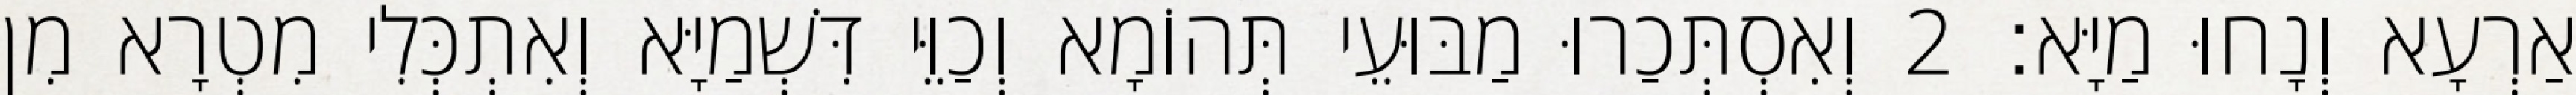
אַרְעָא וְנָחוּ מַיָּא׃ 2 וְאִסְתְּכַרוּ מַבּוּעֵי תְּהוֹמָא וְכַוֵּי דִּשְׁמַיָּא וְאִתְכְּלִי מִטְרָא מִן